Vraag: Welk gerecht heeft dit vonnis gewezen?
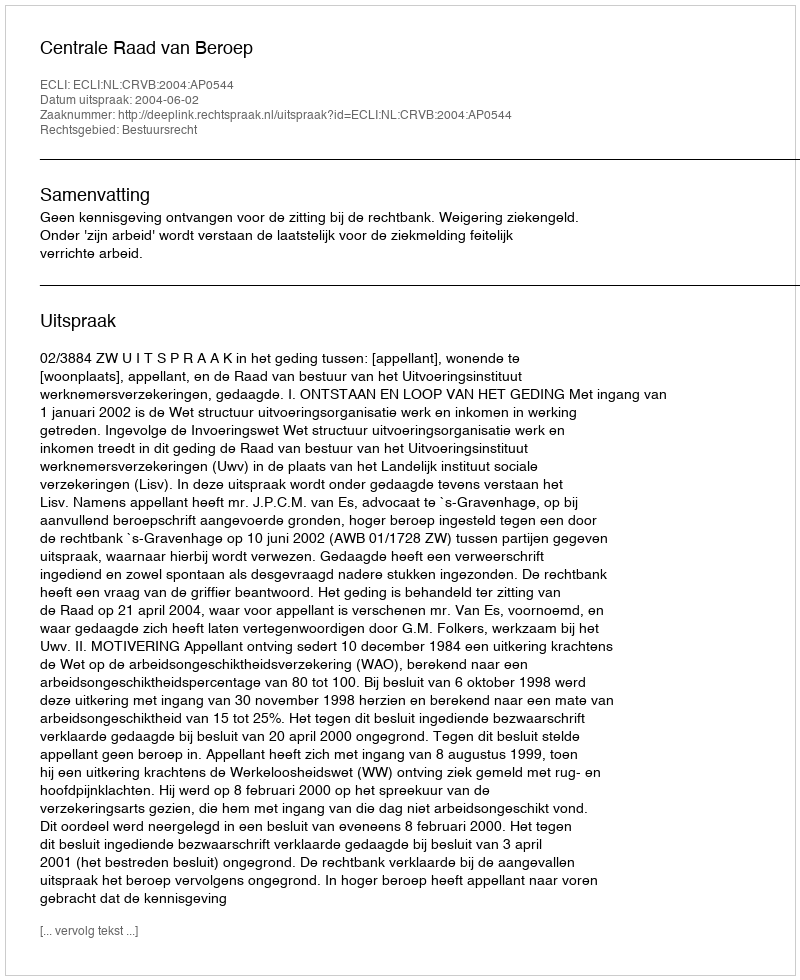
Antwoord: Centrale Raad van Beroep